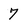
Character: 7